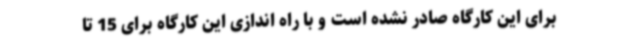
برای این کارگاه صادر نشده است و با راه اندازی این کارگاه برای 15 تا